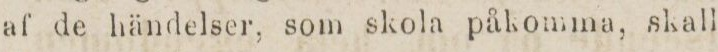
af de händelser, som skola påkomma, skall